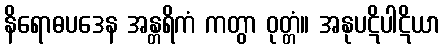
နိရောဓပဒေန အန္တရိကံ ကတွာ ဝုတ္တံ။ အနုပဋိပါဋိယာ